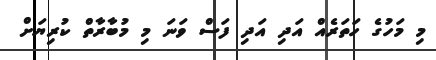
މި މަހުގެ ހަތަރެއް އަދި އަދި ފަސް ވަނަ މި މުބާރާތް ކުރިޔަށް